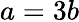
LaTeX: a=3b